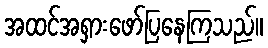
အထင်အရှားဖော်ပြနေကြသည်။